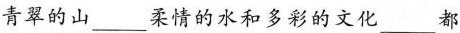
青翠的山___柔情的水和多彩的文化___都